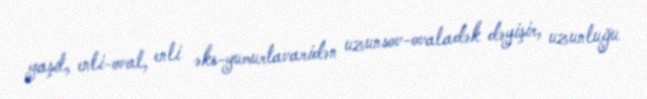
yaşıl, enli-oval, enli əks-yumurtavaridən uzunsov-ovaladək dəyişir, uzunluğu